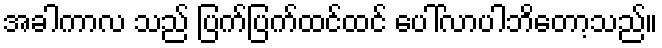
အခါကာလ သည် ပြက်ပြက်ထင်ထင် ပေါ်လာပါဘိတော့သည်။